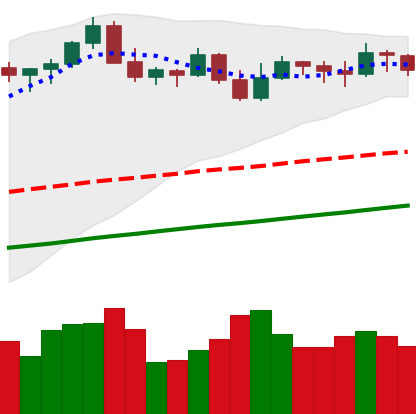
Ticker: BTC-USD
Chart end date: 2021-11-04
Forward return: 8.982%
Label: up_7plus